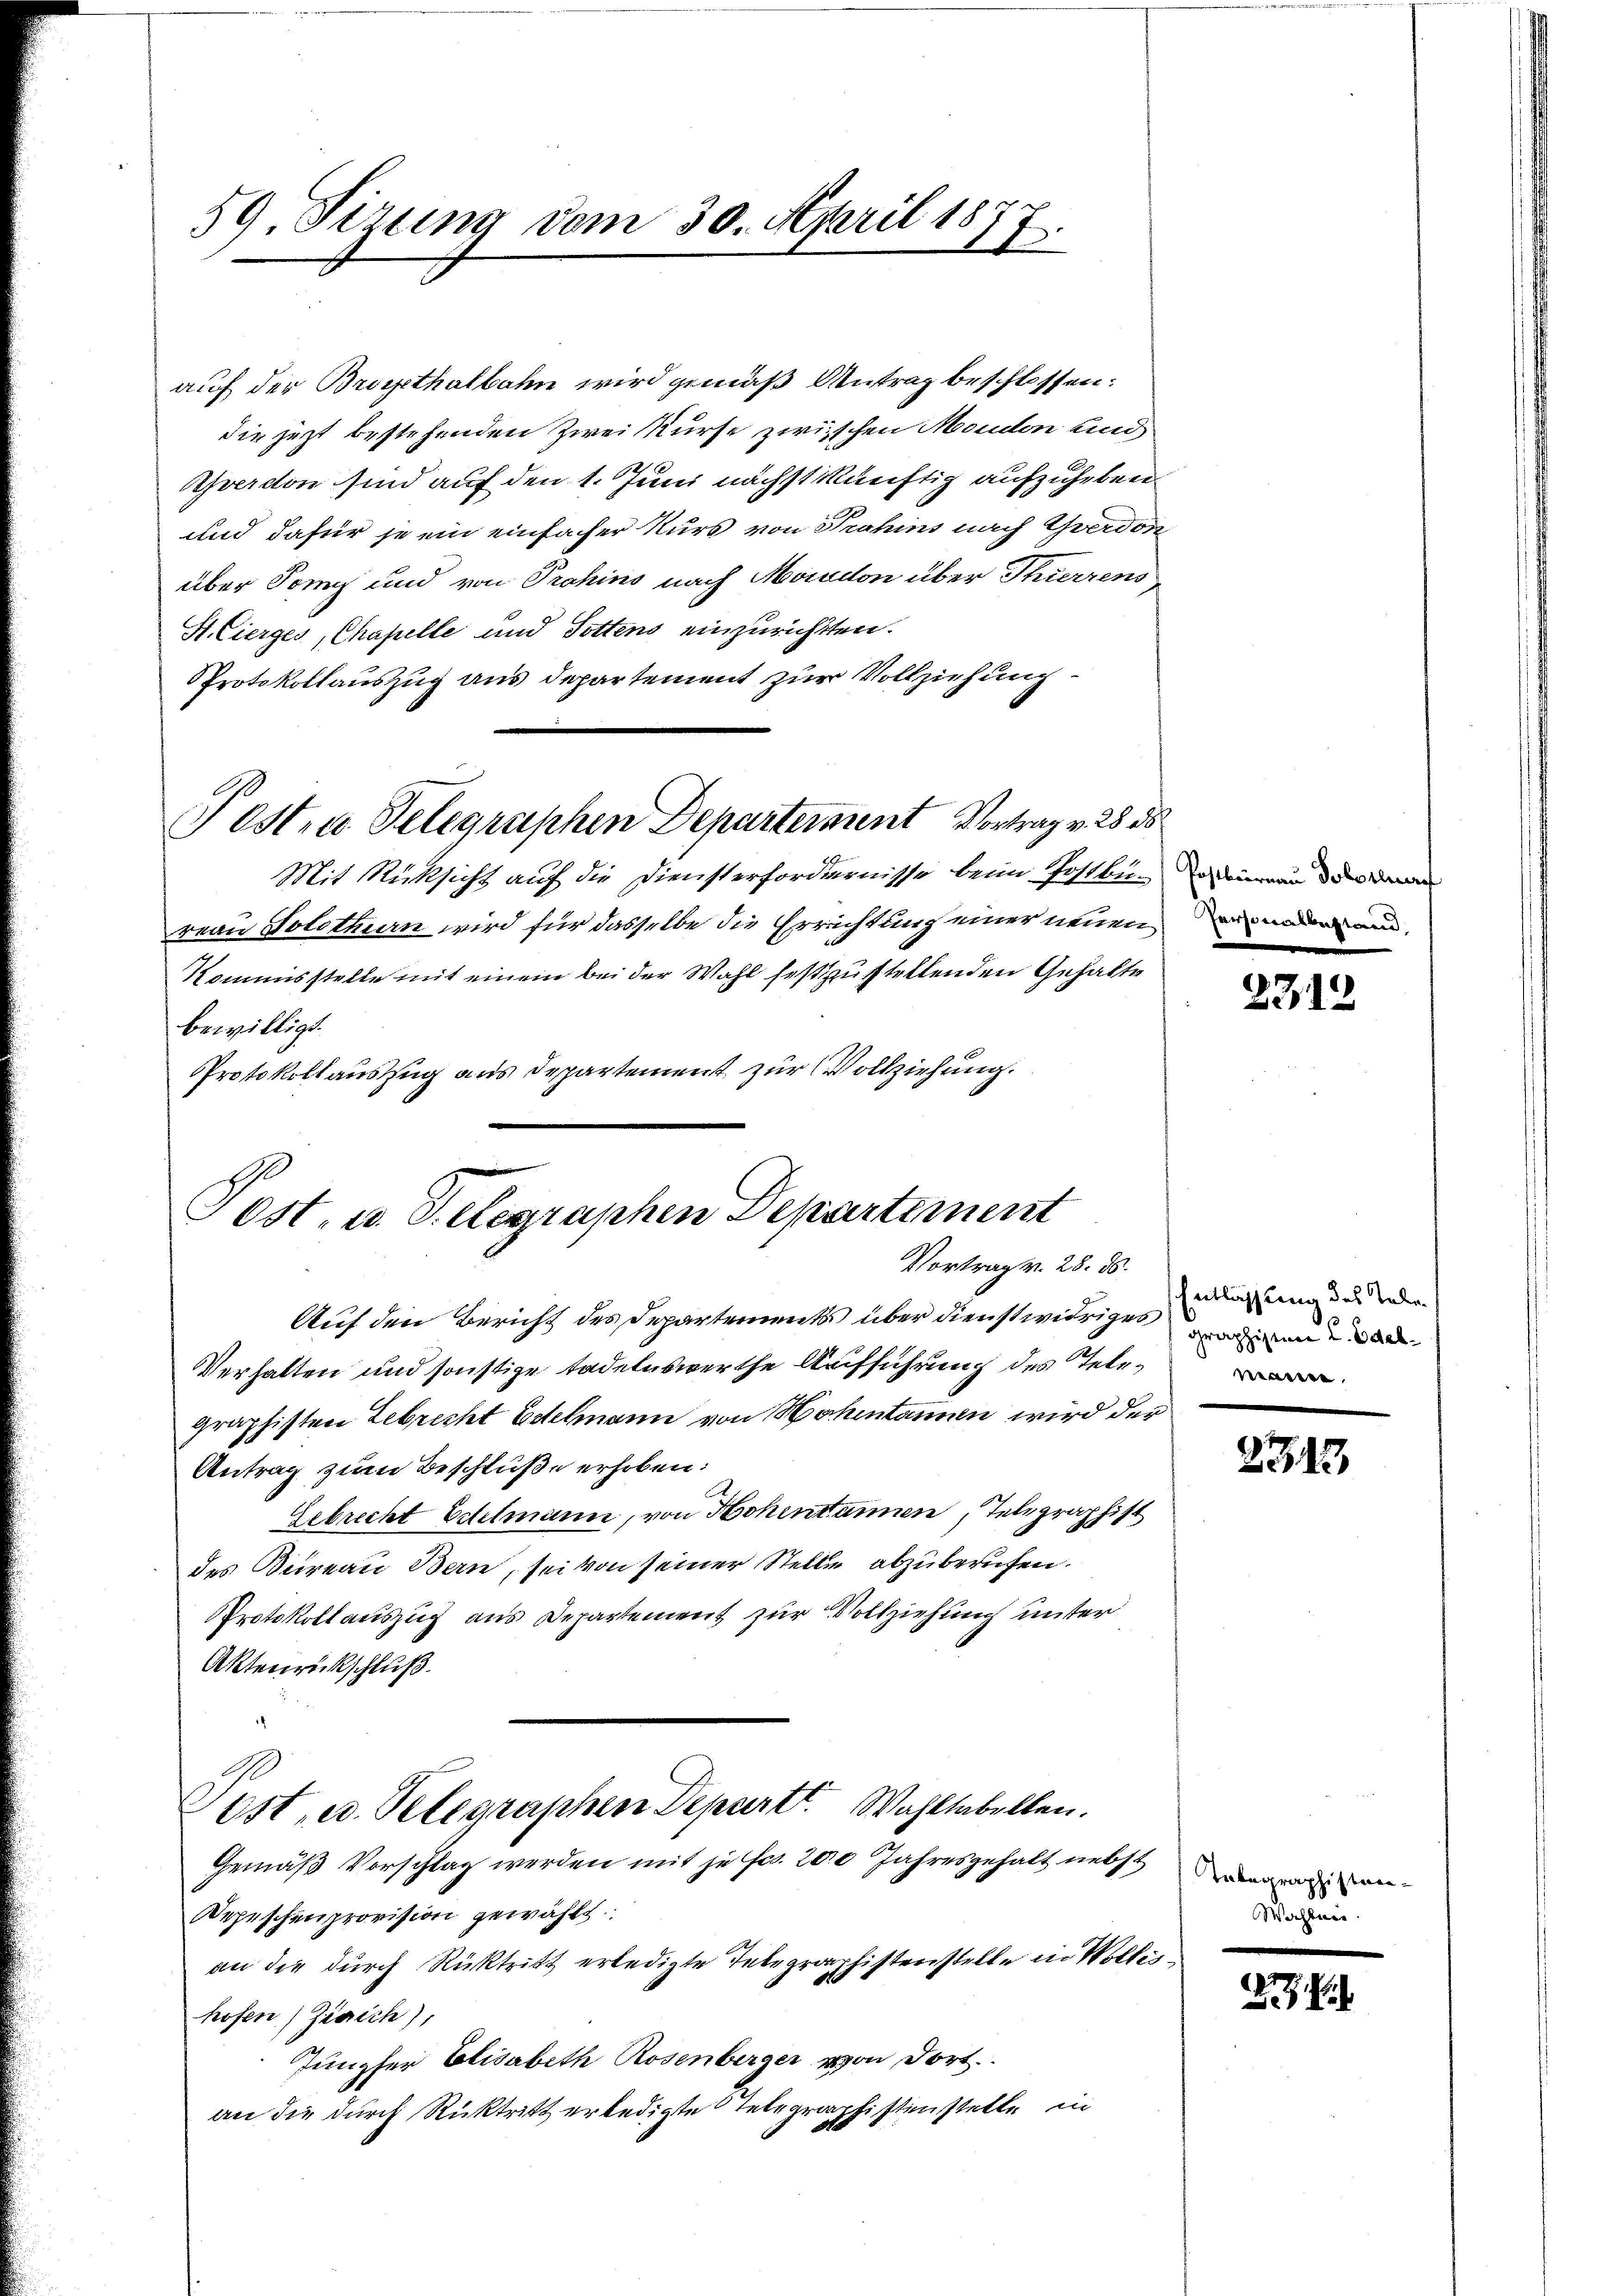
59 Firung vom 30. April 187
E.

auf der Brusthalbahn wird gemäß Antrag beschlossen:
die jetzt bestehenden Zwei Kurse zwischen Moudon und
verdon sind auf den 1. Juni nächst künftig aufzuheben.
und dafür je ein einfacher Nur von Strahins nach Yverdon
über Ton und von Prohins nach Moradon über Thierrens
St. Cierges, Chapelle und Tottens einzurichtten.
PProtokollauszug aus Departement zur Vollziehung
Pest u. Telegraphen Departement Vortrag v. 28 d
Mit Rücksicht auf die Diensterfordernisse beim Postbundeinen der den
reau Solothurn wird für dasselbe die Errichtung einer neuen und
Kommisstelle mit einem bei der Wahl festzustellenden Gehalte
bewilligt.
Protokollauszug aus Departement zur Vollziehung.

Post. u. S. elegraphen Departement
Vortrag v. 28. ds.

Auf den Bericht des Departements über dienst widriges die
Verhalten und sonstige tadelnswerthe Aufführung des Tele
graphisten Gebrecht Edelmann von Hohentannen wird der
Antrag zum Beschlüße erhoben:
Gebrecht Edelmann, von Hohentannen, Telegraphist
des Bureau Bern, sei von seiner Stelle abzuberufen.
Protokollauszug aus Departement zur Vollziehung unter
Aktenrückschluß.
Post, u. Telegraphen Depart. Wahltabellen.
Gemäß Vorschlag werden mit je Fr. 200 Jahresgehalt nebst
Depeschenprovision gewählt
an die durch Rücktritt erledigte Telegraphistenstelle in Wollinhofen) Ziaich),
Jungfer Elisabeth Rosenberger von dort.
an die durch Rücktritt erledigte Telegraphistenstelle in

m

2312

Entlassung des Tele¬

2343

Tabegraphisten
Wahlen.

27